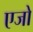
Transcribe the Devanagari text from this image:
एजो